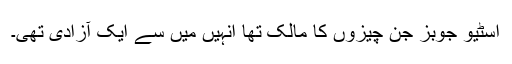
اسٹیو جوبز جن چیزوں کا مالک تها انہیں میں سے ایک آزادى تهى۔